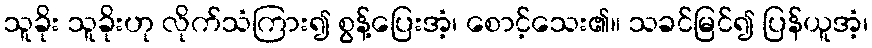
သူခိုး သူခိုးဟု လိုက်သံကြား၍ စွန့်ပြေးအံ့၊ စောင့်သေး၏။ သခင်မြင်၍ ပြန်ယူအံ့၊